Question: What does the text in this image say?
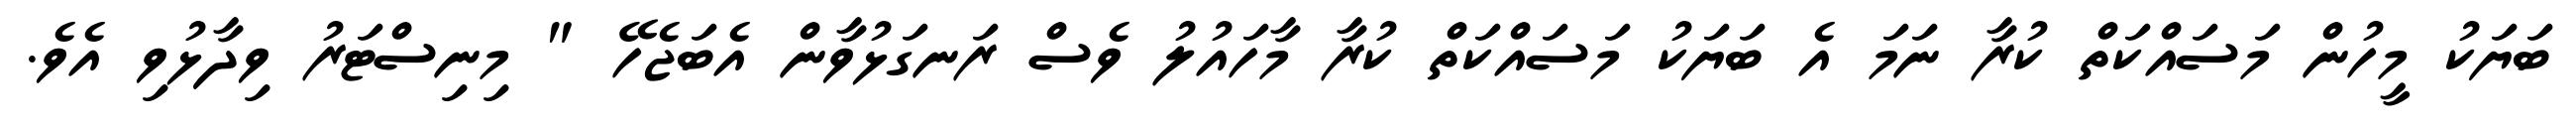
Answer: ބަޔަކު މީހުން މަސައްކަތް ކުރާ ނަމަ އެ ބަޔަކު މަސައްކަތް ކުރާ މާހައުލު ވެސް ރަނގަޅުވާން އެބަޖެހޭ " މިނިސްޓަރު ވިދާޅުވި އެވެ.